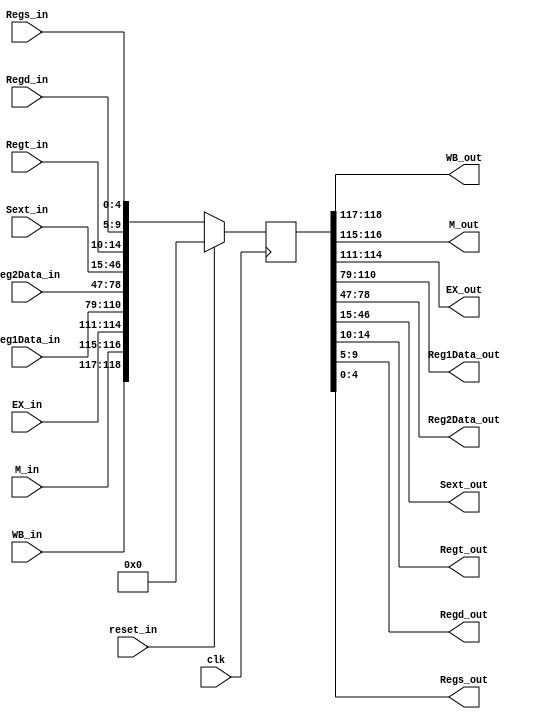
module IDEX_Reg(
    // Inputs
    clk, 
    reset_in,
    WB_in,
    M_in,
    EX_in,
    Reg1Data_in,
    Reg2Data_in, 
    Sext_in,
    Regt_in,
		Regd_in,
    Regs_in,
    // Outputs
    WB_out,
    M_out,
    EX_out,
    Reg1Data_out,
    Reg2Data_out,
		Sext_out,
    Regt_out,
    Regd_out,
    Regs_out
);

  output [31:0] Reg1Data_out, Reg2Data_out, Sext_out;
  output [4:0] Regt_out, Regd_out, Regs_out;
  output [1:0] WB_out;
  output [1:0] M_out;
  output [3:0] EX_out;
  input [31:0] Reg1Data_in, Reg2Data_in, Sext_in;
  input [4:0] Regt_in, Regd_in, Regs_in;
  input [1:0] WB_in;
  input [1:0] M_in;
  input [3:0] EX_in;
  input clk, reset_in;

    
  reg [118:0] state;
    
  always @(posedge clk) begin
    if (reset_in == 1'b1)begin
      state <= 119'b0;
    end
    else begin
      state <= {WB_in,  M_in,  EX_in,  Reg1Data_in, Reg2Data_in,  Sext_in,  Regt_in, Regd_in, Regs_in};
    end
      
  end //always

  assign {WB_out, M_out, EX_out, Reg1Data_out, Reg2Data_out, Sext_out, Regt_out, Regd_out, Regs_out} = state;

endmodule